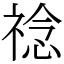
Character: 䄒